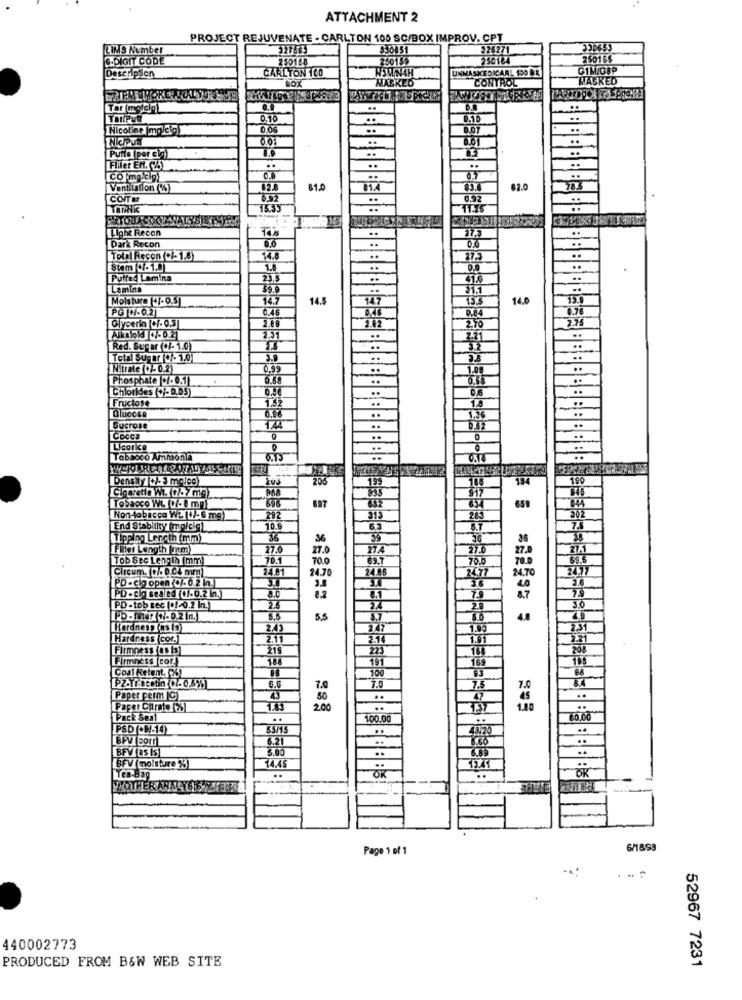
ATTACHMENT 2
PROJECT REJUVENATE - CARLTON 100 SC/BOX IMPROV. CPT
LINS Number
327493
$30851
22627
330653
.- DIGIT CODE
250168
250159
250184
25016$
CARLTON 100
WSWINAH
UNMASKEDICARL 100 DK
G1M/GBP
Description
"BOX
MASKED
MASKED
CONTROL
...
0.10
Nicoline |moleig
0.06
D.OT
..
8.61
Punta (por cio)
Filer EM. CZY
..
0.5
Ventilation (%)
61.0
83.4
62.0
CO/Ta
15.35
..
:BBBBBBE BB
FIATOUACOOK
LLight Recon
14.6
27.3
Dark Recon
00
Total Recon (+/- 1.8)
14.8
87.
Stem -1.0
0.0
.
Puffed Lamina
23.5
Lamina
Moisture (-7-0.5]
14.5
14.7
15.5
14.0
PG /-0.2
0.84
0.76
Glycerin [+/- 0.5]
2.70
2.42
2.76
2.21
Red. Sugar (+/- 1.0)
re
Total Sugmt +/- 1.01
3.9
Nitrate(+/-0.2)
0.99
1.00
Phosphate .051
6.78
Chlorides (+/-0.05)
..
0.6
Fructose
1.8
-
Glucosa
Sucrose
Licorice
Tobacco Ammonia
Densily |+/-3 melee)
206
199
134
190
Cigaretis W. (+/-7 mg)
895
Tobacco WL. (+/-8 mp)
697
632
Non-tobacco W2. (+/-6 mg)
292
313
28
End Stability (maleig)
10.9
65
Tipping Leccth(mm)
36
Fler Length mm
27.0
27.
Tob Sec Length (mm)
70.1
TO.
70.0
Circum. +/- 0.04 mm
24.81
24.70
247
24.70
PD- cio open (+/- 0.2 in.
PD - Cio sealed (+/-0.2 in.
3.0
8.2
8.7
PD -tob sec (+1-0.2 In.
2.6
8.5
5.5
4.8
Hardness (as 19
Hardness (cor.]
2.11
Firmness (as [3]
219
223
Firmness cor)
Coal Retent. (26)
100
7.0
7,0
Paper perm (C)
50
..
Paper Curato (2%)
2.00
1.00
Pack Seal
100.00
PSD (+M-10)
BSME
6.21
BFV(as Is
5.00
14.45
BFV moisture 93)
OK
OK
Yea-Bag
..
Page 1 of 1
6/1899
440002773
PRODUCED FROM B&W WEB SITE
52967 7231